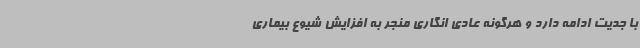
با جدیت ادامه دارد و هرگونه عادی انگاری منجر به افزایش شیوع بیماری